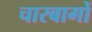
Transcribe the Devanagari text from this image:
चारबागों